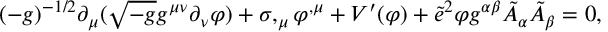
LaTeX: ( - g ) ^ { - 1 / 2 } \partial _ { \mu } ( \sqrt { - g } g ^ { \mu \nu } \partial _ { \nu } \varphi ) + \sigma , _ { \mu } \varphi ^ { , \mu } + V ^ { \prime } ( \varphi ) + \tilde { e } ^ { 2 } \varphi g ^ { \alpha \beta } \tilde { A } _ { \alpha } \tilde { A } _ { \beta } = 0 ,